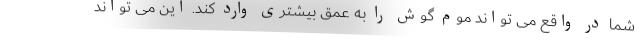
شما در واقع می تواند موم گوش را به عمق بیشتری وارد کند. این می تواند